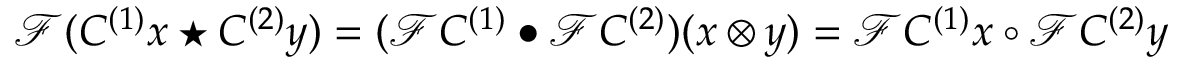
{ \mathcal { F } } ( C ^ { ( 1 ) } x \star C ^ { ( 2 ) } y ) = ( { \mathcal { F } } C ^ { ( 1 ) } \bullet { \mathcal { F } } C ^ { ( 2 ) } ) ( x \otimes y ) = { \mathcal { F } } C ^ { ( 1 ) } x \circ { \mathcal { F } } C ^ { ( 2 ) } y